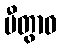
ပီတွာဝ